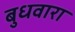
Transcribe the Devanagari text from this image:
बुधवारा